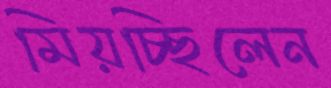
মিয়চ্ছিলেন